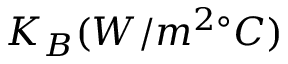
K _ { B } ( W / m ^ { 2 \circ } C )